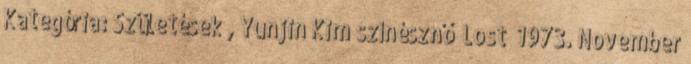
Kategória: Születések , Yunjin Kim színésznő „Lost” 1973. November